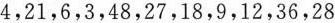
4，21，6，3，48，27，18，9，12，36，28